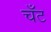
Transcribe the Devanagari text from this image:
चँट